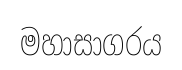
මහාසාගරය